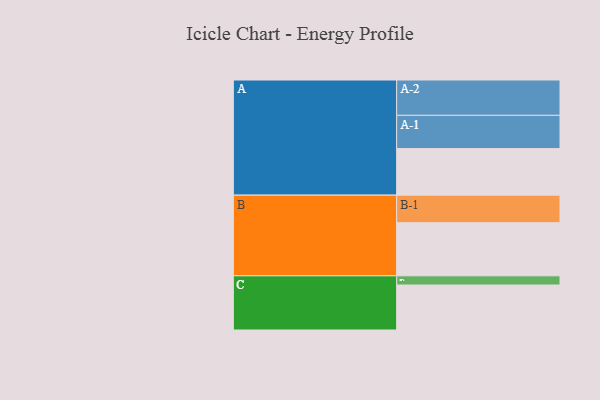
{"axis": {"x": "Segment", "y": "Value"}, "legend": ["", "A", "B", "C"], "data": [{"x": "A", "y": 390, "type": ""}, {"x": "B", "y": 445, "type": ""}, {"x": "C", "y": 377, "type": ""}, {"x": "A-1", "y": 279, "type": "A"}, {"x": "A-2", "y": 296, "type": "A"}, {"x": "B-1", "y": 231, "type": "B"}, {"x": "C-1", "y": 77, "type": "C"}]}